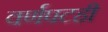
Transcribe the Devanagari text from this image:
वर्णपटही